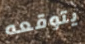
يتوقعه